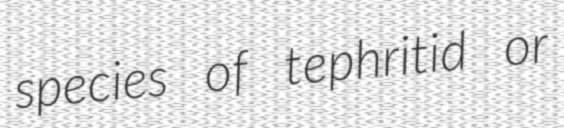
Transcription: species of tephritid or